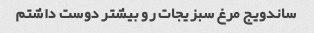
ساندویج مرغ سبزیجات رو بیشتر دوست داشتم